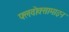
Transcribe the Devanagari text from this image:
फ्लवोक्सामाइन